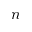
n